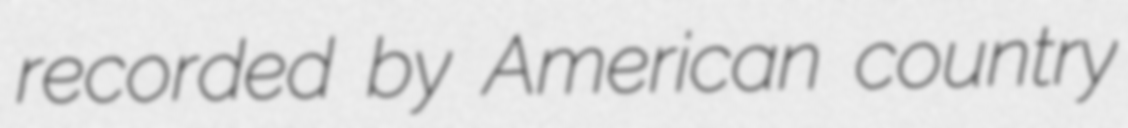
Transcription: recorded by American country